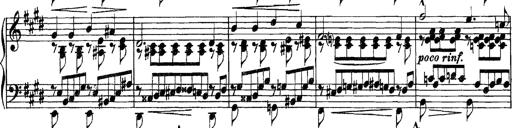
Title: Grandes Etudes
Composer: Franz Liszt